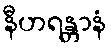
နီဟရန္တာနံ